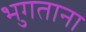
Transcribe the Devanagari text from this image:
भुगताना